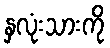
နှလုံးသားကို